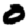
Digit: 0